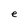
Character: e